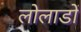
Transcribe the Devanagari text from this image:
लोलाडों